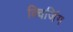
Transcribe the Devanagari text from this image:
क्विजिंग